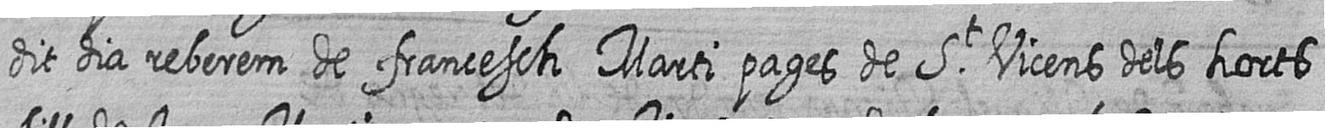
dit dia reberem de francesch Marti pages de St Vicens dels horts